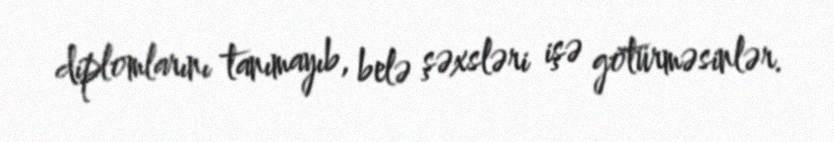
diplomlarını tanımayıb, belə şəxsləri işə götürməsinlər.